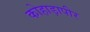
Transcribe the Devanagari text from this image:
कोहाड़ापीर